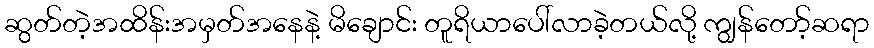
ဆွတ်တဲ့အထိန်းအမှတ်အနေနဲ့ မိချောင်း တူရိယာပေါ်လာခဲ့တယ်လို့ ကျွန်တော့်ဆရာ